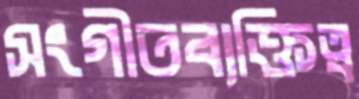
সংগীতব্যক্তিত্ব